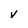
Character: V